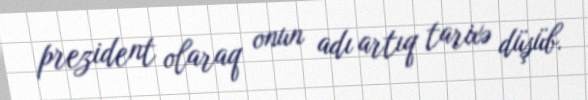
prezident olaraq onun adı artıq tarixə düşüb.